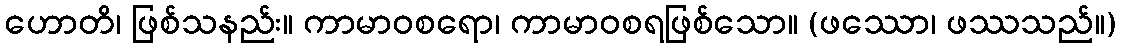
ဟောတိ၊ ဖြစ်သနည်း။ ကာမာဝစရော၊ ကာမာဝစရဖြစ်သော။ (ဖဿော၊ ဖဿသည်။)